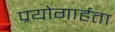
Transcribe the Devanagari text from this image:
प्रयोगार्हता